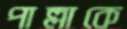
পাল্লাকে